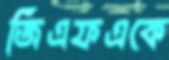
জিএফএকে